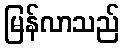
မြန်လာသည်